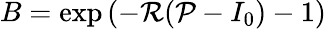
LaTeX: B=\exp\left(-\mathcal{R}(\mathcal{P}-I_{0})-1\right)